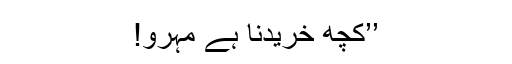
’’کچھ خریدنا ہے مہرو!